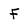
Character: F